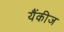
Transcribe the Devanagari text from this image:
यैंकीज